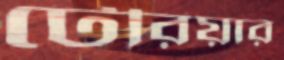
টেরিয়ার